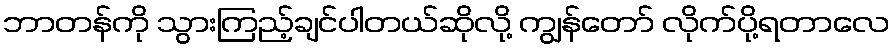
ဘာတန်ကို သွားကြည့်ချင်ပါတယ်ဆိုလို့ ကျွန်တော် လိုက်ပို့ရတာလေ